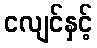
ငလျင်နှင့်